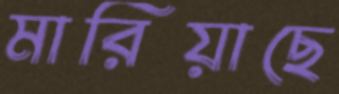
মারিয়াছে